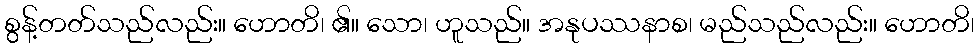
စွန့်တတ်သည်လည်း။ ဟောတိ၊ ၏။ သော၊ ဟူသည်။ အနုပဿနာစ၊ မည်သည်လည်း။ ဟောတိ၊